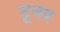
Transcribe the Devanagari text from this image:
टूबर